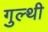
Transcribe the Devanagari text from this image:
गुल्थी